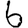
Digit: 6